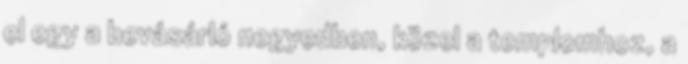
el egy a bevásárló negyedben, közel a templomhoz, a